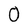
Character: 0